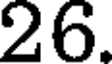
26.